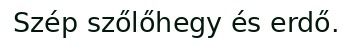
Szép szőlőhegy és erdő.